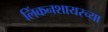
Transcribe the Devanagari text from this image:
लिंकनशायरच्या